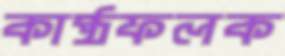
কাষ্ঠফলক